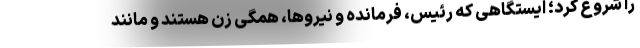
را شروع کرد؛ ایستگاهی که رئیس، فرمانده و نیروها، همگی زن هستند و مانند